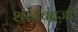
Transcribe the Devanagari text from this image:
शरदचंद्रजी